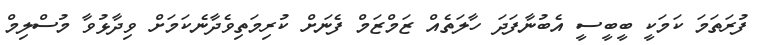
ފުރަތަމަ ކަމަކީ ބީބީސީ އެބުނާފަދަ ހާލަތެއް ޒަމްޒަމް ފެނަށް ކުރިމަތިވެދާނެކަމަށް ވިދާޅުވާ މުސްލިމް